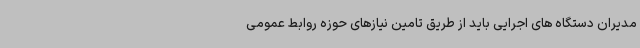
مدیران دستگاه های اجرایی باید از طریق تامین نیازهای حوزه روابط عمومی